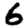
Digit: 6